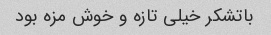
باتشکر خیلی تازه و خوش مزه بود